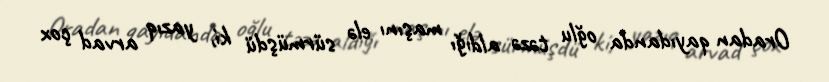
Oradan qayıdanda oğlu təzə aldığı maşını elə sürmüşdü ki, yazıq arvad çox